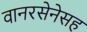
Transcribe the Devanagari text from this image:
वानरसेनेसह